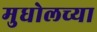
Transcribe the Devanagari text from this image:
मुधोलच्या